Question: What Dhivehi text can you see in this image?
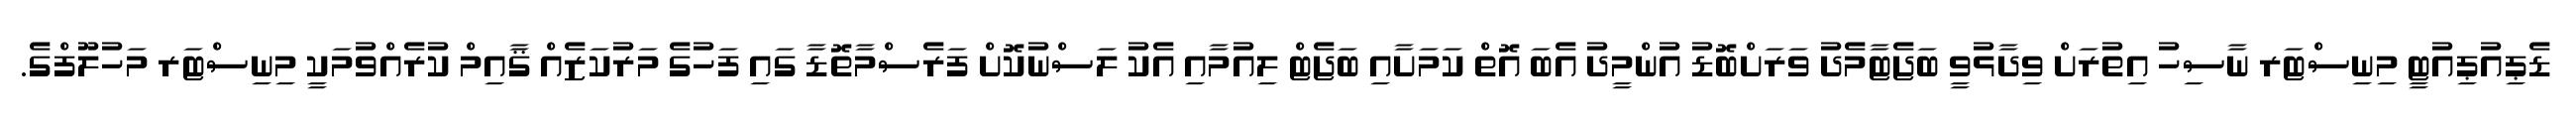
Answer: ޑެޕިއުޕިއުޓީ މިނިސްޓަރ ނާސިހު އިތުރަށް ވިދާޅުވީ ބަޖެޓާމެދު ވަރަށްބޮޑު އުންމީދު އެބަ އޮތް ކަމަށާއި ބަޖެޓް ލިއުމާއި އެކު ލަސްނުކޮށް ފަރެސްމާތޮޑާ ގައި ފަހުގެ މަރުކަޒެއް ޤާއިމް ކުރެއްވުމަކީ މިނިސްޓަރ މަހުލޫފްގެ.